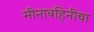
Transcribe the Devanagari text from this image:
मीनावहिनींचा